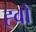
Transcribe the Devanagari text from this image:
ह्वो